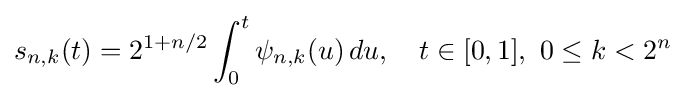
s_{n,k}(t)=2^{1+n/2}\int _{0}^{t}\psi _{n,k}(u)\,du,\quad t\in [0,1],\ 0\leq k<2^{n}